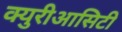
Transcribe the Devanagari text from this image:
क्युरीआसिटी